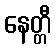
နေတ္တီ